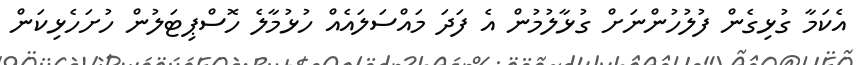
އެކަމާ ގުޅިގެން ފުލުހުންނަށް ގުޅާލުމުން އެ ފަދަ މައްސަލައެއް ހުޅުމާލެ ހޮސްޕިޓަލުން ހުށަހެޅިކަން